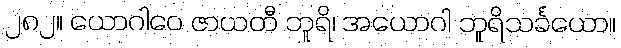
၂၈၂။ ယောဂါဝေ ဇာယတီ ဘူရိ၊ အယောဂါ ဘူရိသင်္ခယော။